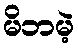
မိဘမဲ့